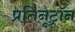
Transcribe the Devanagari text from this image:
प्रतिनूट्रॉन